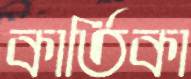
কার্তিকা